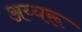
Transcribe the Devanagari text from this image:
अय्यरू